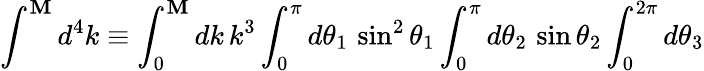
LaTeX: \int^{\mathbf{M}}d^{4}k\equiv\int_{0}^{\mathbf{M}}dk\, k^{3}\int_{0}^{\pi}d\theta_{1}\, \sin^{2}\theta_{1}\int_{0}^{\pi}d\theta_{2}\, \sin\theta_{2}\int_{0}^{2\pi}d\theta_{3}